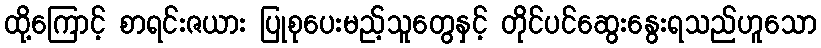
ထို့ကြောင့် စာရင်းဇယား ပြုစုပေးမည့်သူတွေနှင့် တိုင်ပင်ဆွေးနွေးရသည်ဟူသော